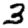
Digit: 3